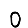
Digit: 0